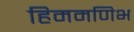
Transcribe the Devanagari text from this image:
हिममणिभ